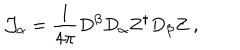
{ \cal J } _ { \alpha } = \frac { 1 } { 4 \pi } D ^ { \beta } D _ { \alpha } Z ^ { \dagger } D _ { \beta } Z ~ ,